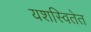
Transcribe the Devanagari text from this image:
यशस्वितेत